Medical and sanitary report of the native army of Bengal for the year
Year: 1878
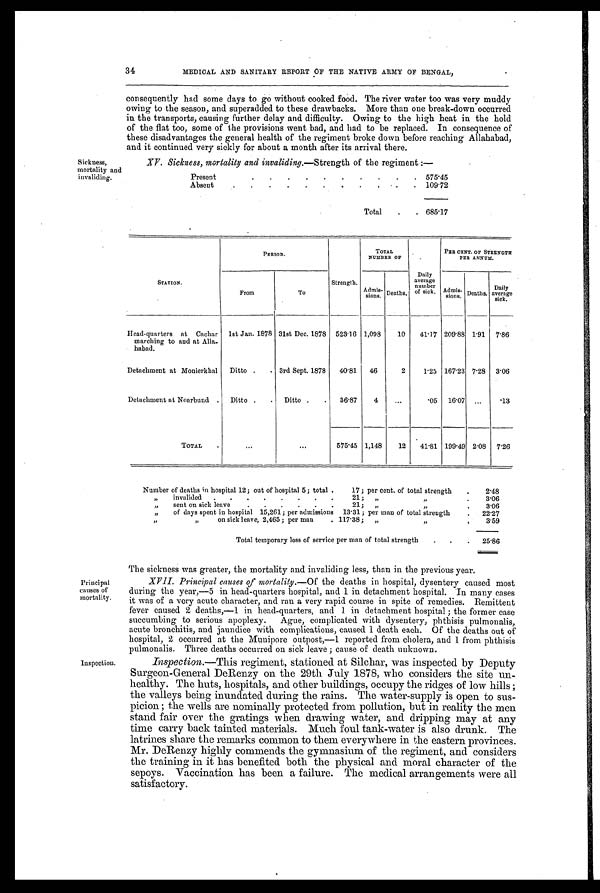
Sickness,
mortality and
invaliding.
34
MEDICAL AND SANITARY REPORT OF THE NATIVE ARMY OF BENGAL,
consequently had some days to go without cooked food. The river water too was very muddy
owing to the season, and superadded to these drawbacks. More than one break-down occurred
in the transports, causing further delay and difficulty. Owing to the high heat in the hold
of the flat too, some of the provisions went bad, and had to be replaced. In consequence of
these disadvantages the general health of the regiment broke down before reaching Allahabad,
and it continued very sickly for about a month after its arrival there.
XV. Sickness, mortality and invaliding. —Strength of the regiment :—
Present
.
.
.
.
.
.
.
.
.
. 575.45
Absent
.
.
.
.
.
.
.
.
•
.
109.72
Total
.
. 685.17
STATION.
PERIOD.
Strength.
TOTAL
NUMBER OF
Daily
averag
number
of sick.
PER CENT. OF STRENGTH
PER ANNUM.
From
To
Admis- sions. Deaths.
Admis-sions Deaths.
Daily
average
sick.
Head-quarters at Cachar
marching to and at Alla
- habad.
1st Jan. 1878 31st Dec. 1878
523. 16 1,098
10
41.17 209.88 1 . 91
7.86
Detachment at Monierkhal
Ditto .
. 3rd Sept. 1878
40 . 81
46
2
1.25 167.23 7. 28
3.06
Detachment at Noarbund .
Ditto .
.
Ditto
. .
36.87
4
...
.05
16.07
...
.13
TOTAL
. . .
...
575.45 1,148
12
41.81 199 .49 2.08
7.26
Number of deaths in hospital 12; out of hospital 5 ; total.
17 ; per cent. of total strength
.
2.48
, ,
invalided
.
.
.
.
.
.
.
.
21 ;
„
, ,
3.06
„
sent on sick leave
.
.
.
.
.
.
21;
„
, ,
3.06
„
of days spent in hospital 15,261 ; per admissions
13 . 31 ; per man of total strength
.
22.27
,,
on sick leave, 2,465 ; per man
. 117 . 38 ;
„
, , 3.59
Total temporary loss of service per man of total strength
. . .
25.86
Principal
causes of
mortality.
Inspection.
The sickness was greater, the mortality and invaliding less, than in the previous year.
XVII. Principal causes of mortality. —Of the deaths in hospital, dysentery caused most
during the year,—5 in head-quarters hospital, and 1 in detachment hospital. In many cases
it was of a very acute character, and ran a very rapid course in spite of remedies. Remittent
fever caused 2 deaths,—1 in head-quarters, and 1 in detachment hospital ; the former case
succumbing to serious apoplexy. Ague, complicated with dysentery, phthisis pulmonalis,
acute bronchitis, and jaundice with complications, caused 1 death each. Of the deaths out of
hospital, 2 occurred at the Munipore outpost,—1 reported from cholera, and 1 from phthisis
pulmonalis. Three deaths occurred on sick leave ; cause of death unknown.
Inspection. —This regiment, stationed at Silchar, was inspected by Deputy
Surgeon-General DeRenzy on the 29th July 1878, who considers the site un-
healthy. The huts, hospitals, and other buildings, occupy the ridges of low hills ;
the valleys being inundated during the rains. The water-supply is open to sus
-picion ; the wells are nominally protected from pollution, but in reality the men
stand fair over the gratings when drawing water, and dripping may at any
time carry back tainted materials. Much foul tank-water is also drunk. The
latrines share the remarks common to them everywhere in the eastern provinces.
Mr. DeRenzy highly commends the gymnasium of the regiment, and considers
the training in it has benefited both the physical and moral character of the
sepoys. Vaccination has been a failure. The medical arrangements were all
satisfactory.